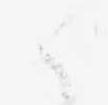
候